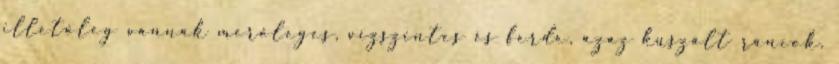
illetőleg vannak merőleges, vízszintes és ferde, azaz kuszált ráncok.